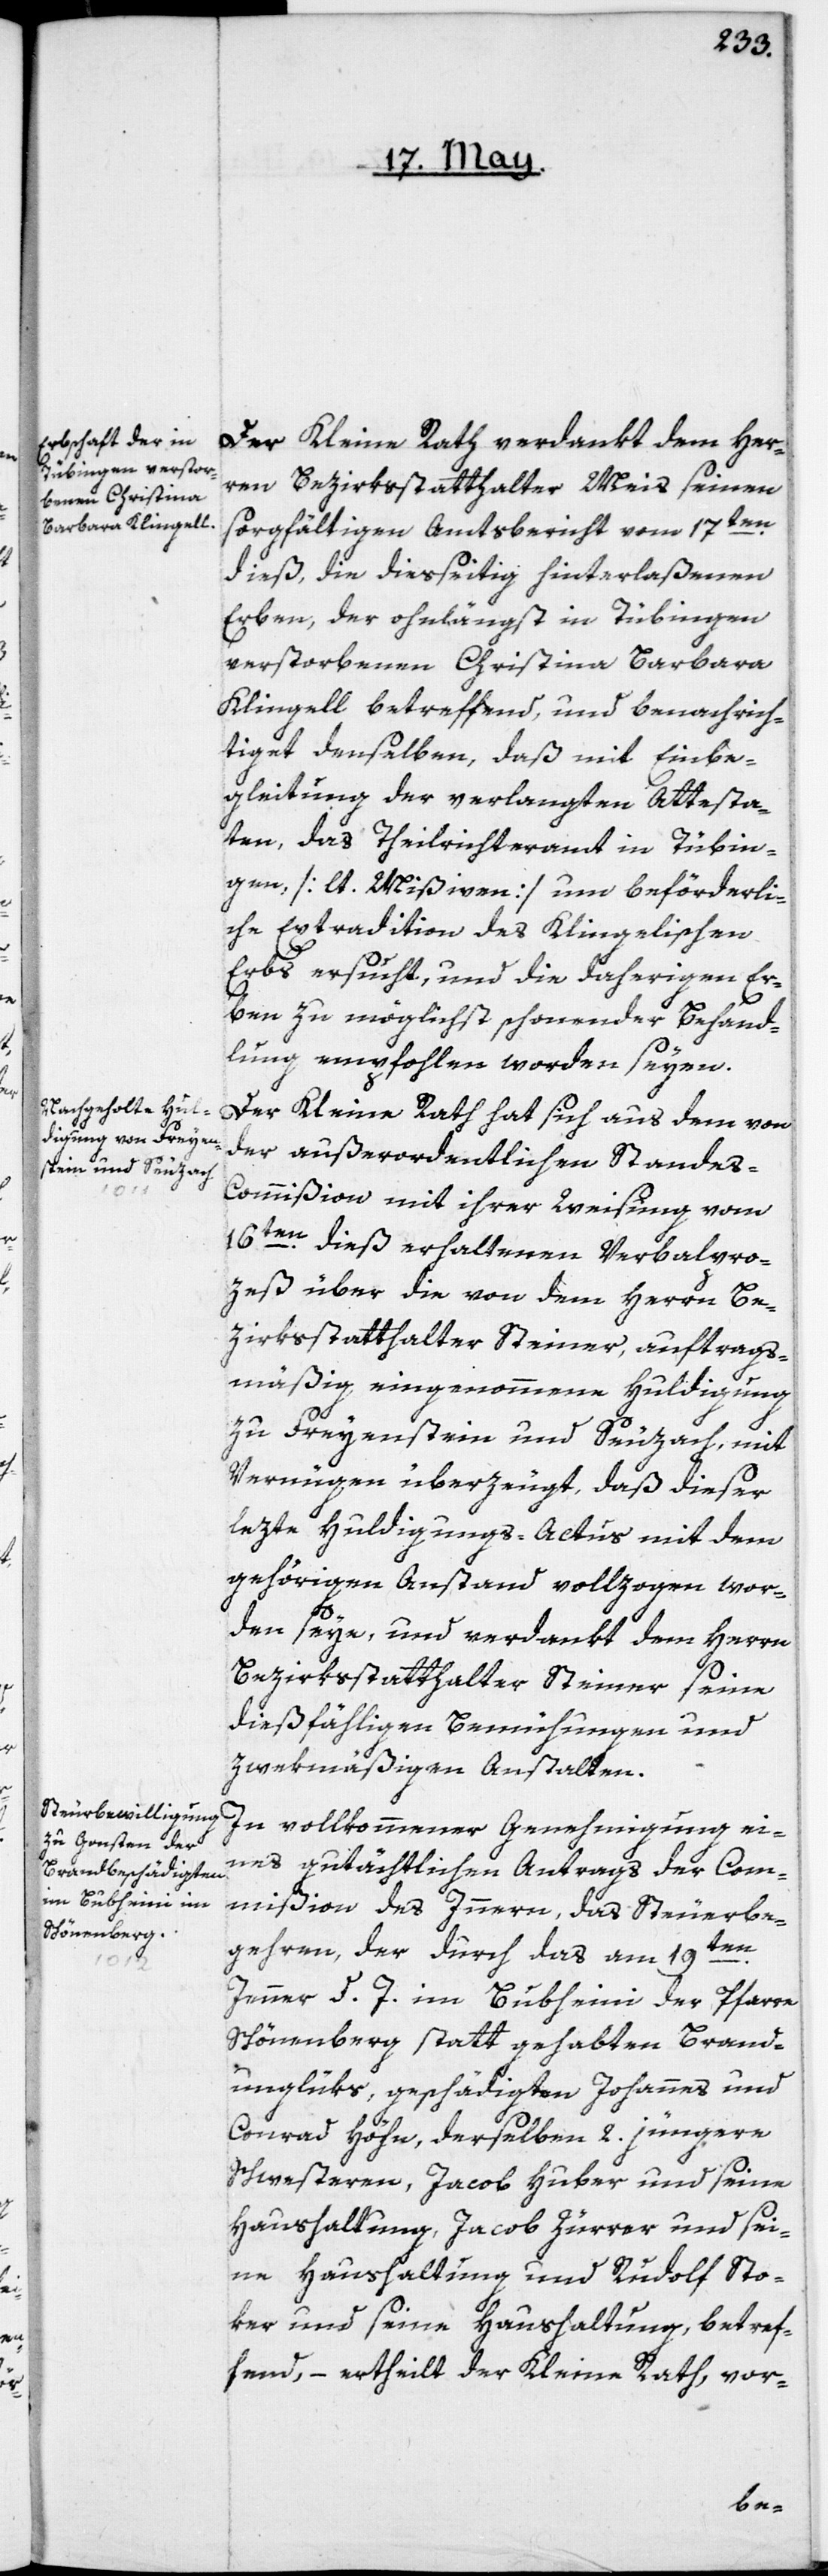
Der Kleine Rath verdankt dem Her¬
ren Bezirksstatthalter Meis seinen
sorgfältigen Amtsbericht vom 17ten
dieß, die diesseitig hinterlaßenen
Erben, der ohnlängst in Tübingen
verstorbenen Christina Barbara
Klingell betreffend, und benachrich¬
tiget denselben, daß mit Einbe¬
gleitung der verlangten Attesta¬
ten, das Theilrichteramt in Tübin¬
gen [lt. Mißiven] um beförderli¬
che Extradition des Klingelischen
Erbs ersucht, und die daherigen Er¬
ben zu möglichst schonender Behand¬
lung empfohlen worden seyen.
Der Kleine Rath hat sich aus dem von
der außerordentlichen Standes-C¬
ommißion mit ihrer Weisung vom
16ten dieß erhaltenen Verbalpro¬
zeß über die von dem Herrn Be¬
zirksstatthalter Steiner, auftrags¬
mäßig eingenommene Huldigung
zu Freyenstein und Seuzach, mit
Vergenügen überzeugt, daß dieser
lezte Huldigungs-Actus mit dem
gehörigen Anstand vollzogen wor¬
den seye, und verdankt dem Herrn
Bezirksstatthalter Steiner seine
dießfähligen Bemühungen und
zwekmäßigen Anstalten.
In vollkommener Genehmigung ei¬
nes gutächtlichen Antrags der Com¬
mißion des Innern, das Steuerbe¬
gehren, der durch das am 19ten
Jenner d. J. im Bubheini der Pfarre
Schönenberg statt gehabten Brand¬
unglüks, geschädigten Johannes und
Conrad Höhn, derselben 2. jüngere
Schwesteren, Jacob Huber und seine
Haushaltung, Jacob Zürrer und sei¬
ne Haushaltung und Rudolf Sto¬
ker und seine Haushaltung, betref¬
fend, – ertheilt der Kleine Rath, vor-